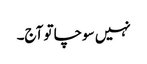
نہیں سوچا تو آج۔